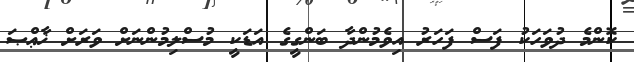
ކޮންމެ ދުވަހަކު ފަސް ފަހަރު އިވެމުންދާ ބަންގީގެ އަޑަކީ މުސްލިމުންނަށް ވަރަށް ޚާޢްޞަ